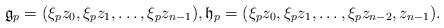
LaTeX: \begin{align*}\mathfrak{g}_p=(\xi_pz_0,\xi_pz_1,\ldots,\xi_pz_{n-1}), \mathfrak{h}_p=(\xi_p z_0,\xi_p z_1,\ldots,\xi_p z_{n-2},z_{n-1}).\end{align*}